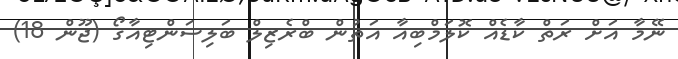
ނޭމާ އަށް ރަތް ކާޑެއް ކޮލަމްބިއާ އަތުން ބްރެޒިލް ބަލިސަންޓިއާގޯ (ޖޫން 18)